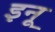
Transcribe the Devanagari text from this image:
इनू